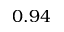
0 . 9 4